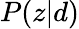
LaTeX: P(z|d)